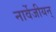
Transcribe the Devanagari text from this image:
नार्वेजीयन्